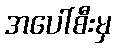
အပေါ်စီးမှ